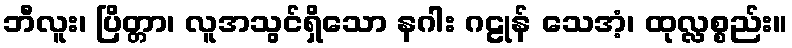
ဘီလူး၊ ပြိတ္တာ၊ လူအသွင်ရှိသော နဂါး ဂဠုန် သေအံ့၊ ထုလ္လစ္စည်း။